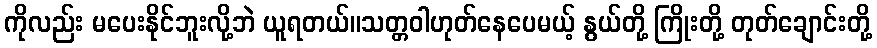
ကိုလည်း မပေးနိုင်ဘူးလို့ဘဲ ယူရတယ်။သတ္တဝါဟုတ်နေပေမယ့် နွယ်တို့ ကြိုးတို့ တုတ်ချောင်းတို့